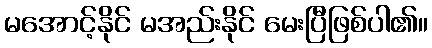
မအောင့်နိုင် မအည်းနိုင် မေးပြီဖြစ်ပါ၏။